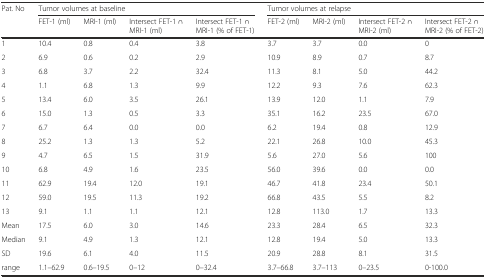
<table><thead><tr><td><b>Pat. No</b></td><td colspan="4"><b>Tumor volumes at baseline</b></td><td colspan="4"><b>Tumor volumes at relapse</b></td></tr><tr><td></td><td><b>FET-1 (ml)</b></td><td><b>MRI-1 (ml)</b></td><td><b>Intersect FET-1 ∩ MRI-1 (ml)</b></td><td><b>Intersect FET-1 ∩ MRI-1 (% of FET-1)</b></td><td><b>FET-2 (ml)</b></td><td><b>MRI-2 (ml)</b></td><td><b>Intersect FET-2 ∩ MRI-2 (ml)</b></td><td><b>Intersect FET-2 ∩ MRI-2 (% of FET-2)</b></td></tr></thead><tbody><tr><td>1</td><td>10.4</td><td>0.8</td><td>0.4</td><td>3.8</td><td>3.7</td><td>3.7</td><td>0.0</td><td>0</td></tr><tr><td>2</td><td>6.9</td><td>0.6</td><td>0.2</td><td>2.9</td><td>10.9</td><td>8.9</td><td>0.7</td><td>8.7</td></tr><tr><td>3</td><td>6.8</td><td>3.7</td><td>2.2</td><td>32.4</td><td>11.3</td><td>8.1</td><td>5.0</td><td>44.2</td></tr><tr><td>4</td><td>1.1</td><td>6.8</td><td>1.3</td><td>9.9</td><td>12.2</td><td>9.3</td><td>7.6</td><td>62.3</td></tr><tr><td>5</td><td>13.4</td><td>6.0</td><td>3.5</td><td>26.1</td><td>13.9</td><td>12.0</td><td>1.1</td><td>7.9</td></tr><tr><td>6</td><td>15.0</td><td>1.3</td><td>0.5</td><td>3.3</td><td>35.1</td><td>16.2</td><td>23.5</td><td>67.0</td></tr><tr><td>7</td><td>6.7</td><td>6.4</td><td>0.0</td><td>0.0</td><td>6.2</td><td>19.4</td><td>0.8</td><td>12.9</td></tr><tr><td>8</td><td>25.2</td><td>1.3</td><td>1.3</td><td>5.2</td><td>22.1</td><td>26.8</td><td>10.0</td><td>45.3</td></tr><tr><td>9</td><td>4.7</td><td>6.5</td><td>1.5</td><td>31.9</td><td>5.6</td><td>27.0</td><td>5.6</td><td>100</td></tr><tr><td>10</td><td>6.8</td><td>4.9</td><td>1.6</td><td>23.5</td><td>56.0</td><td>39.6</td><td>0.0</td><td>0.0</td></tr><tr><td>11</td><td>62.9</td><td>19.4</td><td>12.0</td><td>19.1</td><td>46.7</td><td>41.8</td><td>23.4</td><td>50.1</td></tr><tr><td>12</td><td>59.0</td><td>19.5</td><td>11.3</td><td>19.2</td><td>66.8</td><td>43.5</td><td>5.5</td><td>8.2</td></tr><tr><td>13</td><td>9.1</td><td>1.1</td><td>1.1</td><td>12.1</td><td>12.8</td><td>113.0</td><td>1.7</td><td>13.3</td></tr><tr><td>Mean</td><td>17.5</td><td>6.0</td><td>3.0</td><td>14.6</td><td>23.3</td><td>28.4</td><td>6.5</td><td>32.3</td></tr><tr><td>Median</td><td>9.1</td><td>4.9</td><td>1.3</td><td>12.1</td><td>12.8</td><td>19.4</td><td>5.0</td><td>13.3</td></tr><tr><td>SD</td><td>19.6</td><td>6.1</td><td>4.0</td><td>11.5</td><td>20.9</td><td>28.8</td><td>8.1</td><td>31.5</td></tr><tr><td>range</td><td>1.1–62.9</td><td>0.6–19.5</td><td>0–12</td><td>0–32.4</td><td>3.7–66.8</td><td>3.7–113</td><td>0–23.5</td><td>0-100.0</td></tr></tbody></table>